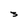
Character: 3